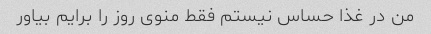
من در غذا حساس نیستم فقط منوی روز را برایم بیاور